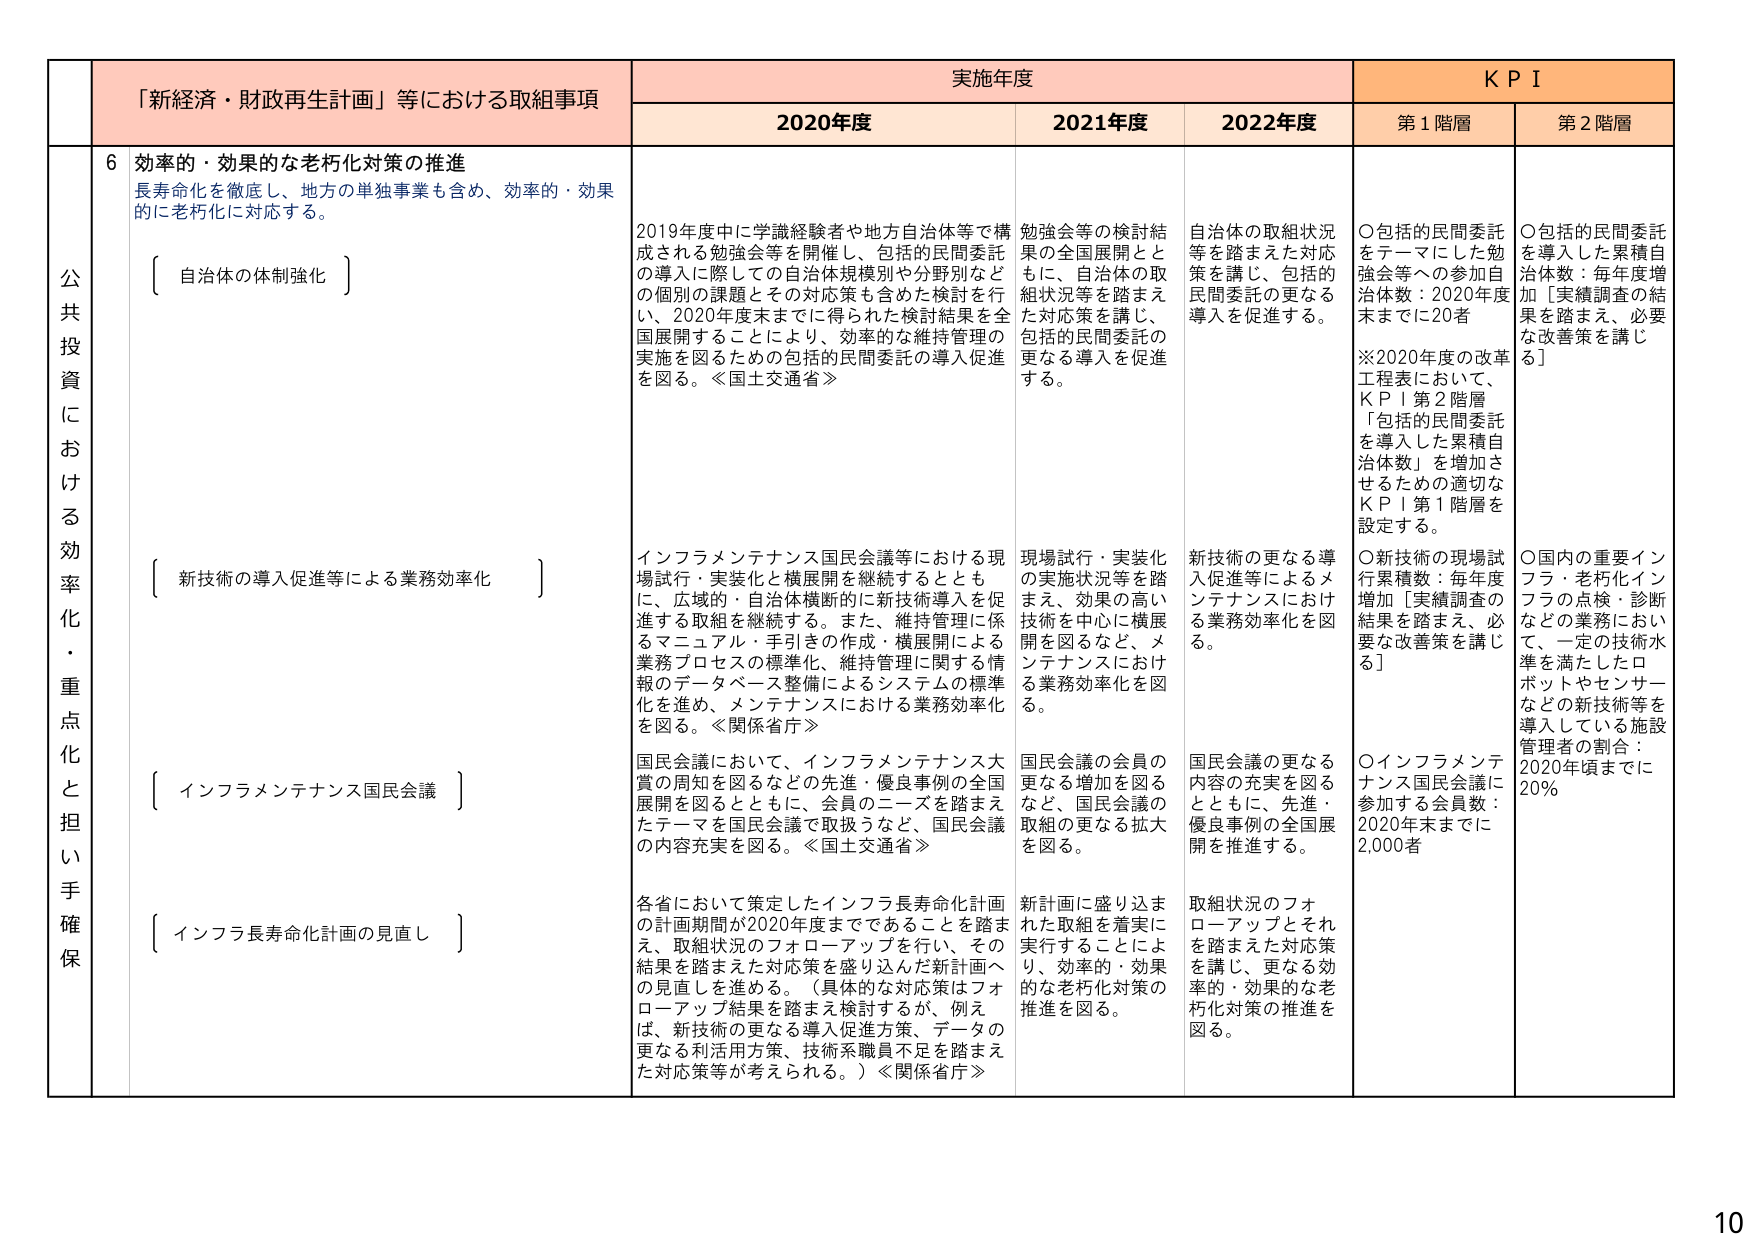
公共投資における効率化・重点化と担い手確保

「新経済・財政再生計画」等における取組事項

6 効率的・効果的な老朽化対策の推進
長寿命化を徹底し、地方の単独事業も含め、効率的・効果的に老朽化に対応する。

〔 自治体の体制強化 〕

〔 新技術の導入促進等による業務効率化 〕

〔 インフラメンテナンス国民会議 〕

〔 インフラ長寿命化計画の見直し 〕

実施年度

2020年度
2019年度中に学識経験者や地方自治体等で構成される勉強会等を開催し、包括的民間委託の導入に際しての自治体規模別や分野別などの個別の課題とその対応策も含めた検討を行い、2020年度末までに得られた検討結果を全国展開することにより、効率的な維持管理の実施を図るための包括的民間委託の導入促進を図る。≪国土交通省≫

インフラメンテナンス国民会議等における現場試行・実装化と横展開を継続するとともに、広域的・自治体横断的な新技術導入を促進する取組を継続する。また、維持管理に係るマニュアル・手引きの作成・横展開による業務プロセスの標準化、維持管理に関する情報のデータベース整備によるシステムの標準化を進め、メンテナンスにおける業務効率化を図る。≪関係省庁≫

国民会議において、インフラメンテナンス大賞の周知を図るなどの先進・優良事例の全国展開を図るとともに、会員のニーズを踏まえたテーマを国民会議で取扱うなど、国民会議の内容充実を図る。≪国土交通省≫

各省において策定したインフラ長寿命化計画の計画期間が2020年度までであることを踏まえ、取組状況のフォローアップを行い、その結果を踏まえた対応策を盛り込んだ新計画への見直しを進める。（具体的な対応策はフォローアップ結果を踏まえ検討するが、例えば、新技術の更なる導入促進方策、データの更なる利活用方策、技術系職員不足を踏まえた対応策等が考えられる。）≪関係省庁≫

2021年度
勉強会等の検討結果も含め、自治体の取組状況等を踏まえた対応策を講じ、包括的民間委託の更なる導入を促進する。

現場試行・実装化の実施状況等を踏まえ、効果の高い技術を中心に横展開を図るなど、メンテナンスにおける業務効率化を図る。

国民会議の会員の更なる増加を図るなど、国民会議の取組の更なる拡大を図る。

新計画に盛り込まれた取組を着実に実行することにより、効率的・効果的な老朽化対策の推進を図る。

2022年度
自治体の取組状況等を踏まえた対応策を講じ、包括的民間委託の更なる導入を促進する。

新技術の更なる導入促進等によるメンテナンスにおける業務効率化を図る。

国民会議の更なる内容の充実を図るとともに、先進・優良事例の全国展開を推進する。

取組状況のフォローアップとそれを踏まえた対応策を講じ、更なる効率的・効果的な老朽化対策の推進を図る。

KPI

第1階層
○包括的民間委託をテーマにした勉強会等への参加自治体数：2020年度末までに20者
※2020年度の改革工程表において、KPI第2階層「包括的民間委託を導入した累積自治体数」を増加させるための適切なKPI第1階層を設定する。
○新技術の現場試行累積数：毎年度増加［実績調査の結果を踏まえ、必要な改善策を講じる］
○インフラメンテナンス国民会議に参加する会員数：2020年末までに2,000者

第2階層
○包括的民間委託を導入した累積自治体数：毎年度増加［実績調査の結果を踏まえ、必要な改善策を講じる］
○国内の重要インフラ・老朽化インフラの点検・診断などの業務において、一定の技術水準を満たしたロボットやセンサーなどの新技術等を導入している施設管理者の割合：2020年頃までに20%

10